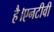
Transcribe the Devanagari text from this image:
है।एनटीवी